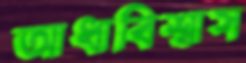
আধাবিশ্বাস